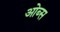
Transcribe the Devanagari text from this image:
ओब्स